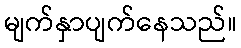
မျက်နှာပျက်နေသည်။